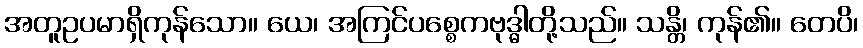
အတူဥပမာရှိကုန်သော။ ယေ၊ အကြင်ပစ္စေကဗုဒ္ဓါတို့သည်။ သန္တိ၊ ကုန်၏။ တေပိ၊